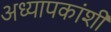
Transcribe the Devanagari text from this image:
अध्यापकांशी